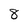
Character: 8